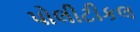
પોલીટીકલ